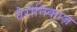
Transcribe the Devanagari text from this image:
वेरोनिकाज़